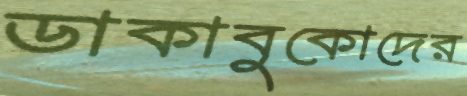
ডাকাবুকোদের